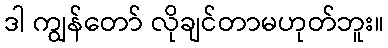
ဒါ ကျွန်တော် လိုချင်တာမဟုတ်ဘူး။